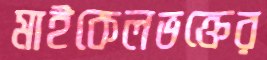
মাইকেলভক্তের